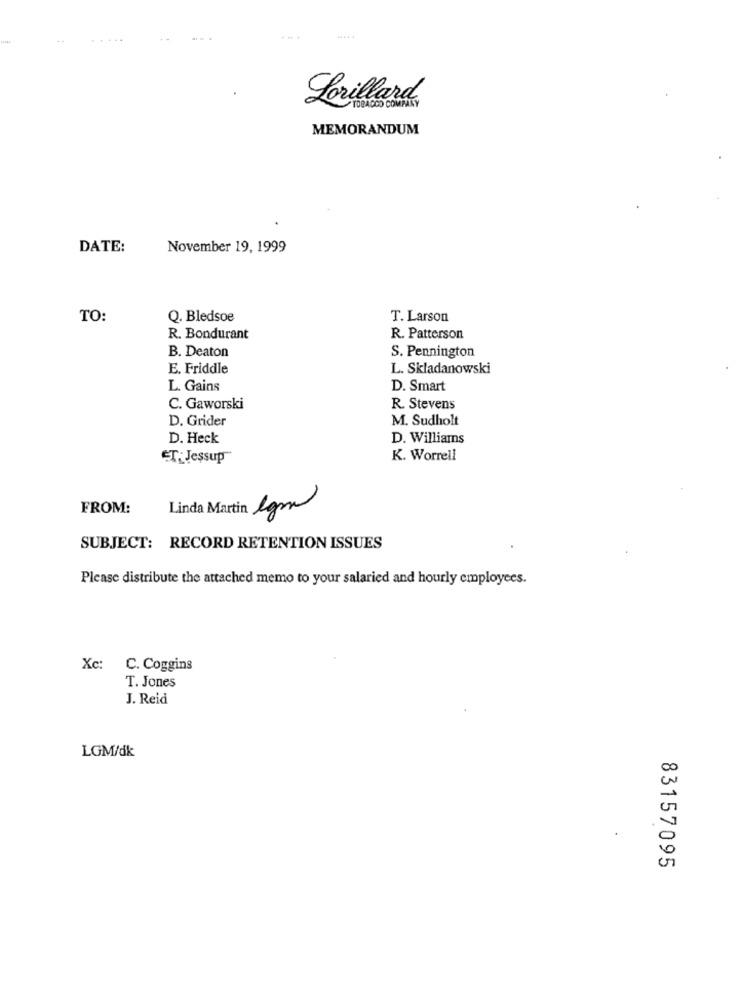
Lorillard
TOBACCO COMPANY
MEMORANDUM
.
DATE:
November 19, 1999
TO:
Q. Bledsoe
T. Larson
R. Bondurant
R. Patterson
S. Pennington
B. Deaton
E. Friddle
L. Skladanowski
L. Gains
D. Smart
C. Gaworski
R. Stevens
D. Grider
M. Sudholt
D. Heck
D. Williams
ET: Jessup
K. Worrell
FROM:
Linda Martin lgm
SUBJECT: RECORD RETENTION ISSUES
Please distribute the attached memo to your salaried and hourly employees.
Xc: C. Coggins
T. Jones
J. Reid
LGM/dk
00
0
83157095